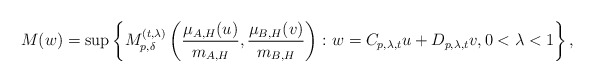
\begin{align*} M(w) = \sup\left\{ M_{p, \delta}^{(t,\lambda)}\left(\frac{\mu_{A,H}(u)}{m_{A,H}}, \frac{\mu_{B,H}(v)}{m_{B,H}} \right)\colon w= C_{p,\lambda,t}u + D_{p,\lambda,t}v, 0 < \lambda <1 \right\}, \end{align*}